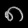
Digit: ၈